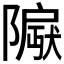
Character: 𬯛